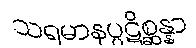
သရမာနပ္ပဋိစ္ဆန္နာ